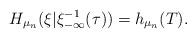
LaTeX: \begin{align*}H_{\mu_n}(\xi|\xi_{-\infty}^{-1}({\tau}))=h_{\mu_n}(T).\end{align*}